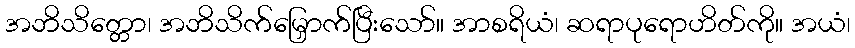
အဘိသိတ္တော၊ အဘိသိက်မြှောက်ပြီးသော်။ အာစရိယံ၊ ဆရာပုရောဟိတ်ကို။ အယံ၊